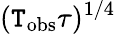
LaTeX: (\mathtt{T}_{\mathrm{{obs}}}\tau)^{1/4}